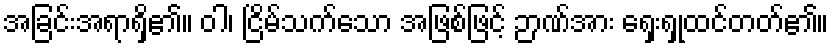
အခြင်းအရာရှိ၏။ ဝါ၊ ငြိမ်သက်သော အဖြစ်ဖြင့် ဉာဏ်အား ရှေးရှုထင်တတ်၏။